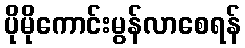
ပိုမိုကောင်းမွန်လာစေရန်